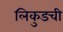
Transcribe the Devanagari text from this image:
लिकुडची